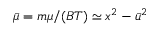
\bar { \mu } = m \mu / ( B T ) \simeq x ^ { 2 } - \bar { u } ^ { 2 }